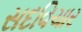
સદવિચાર